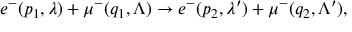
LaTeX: e ^ { - } ( p _ { 1 } , \lambda ) + \mu ^ { - } ( q _ { 1 } , \Lambda ) \to e ^ { - } ( p _ { 2 } , \lambda ^ { \prime } ) + \mu ^ { - } ( q _ { 2 } , \Lambda ^ { \prime } ) ,